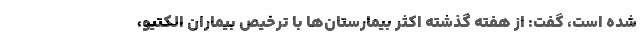
شده است، گفت: از هفته گذشته اکثر بیمارستان‌ها با ترخیص بیماران الکتیو،